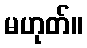
မဟုတ်။